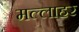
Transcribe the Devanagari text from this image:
मल्लाहर